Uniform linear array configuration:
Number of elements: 16
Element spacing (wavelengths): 0.75
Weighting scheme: hann
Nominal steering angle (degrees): -15
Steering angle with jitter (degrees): -14.025
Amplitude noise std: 0.05
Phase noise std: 0.05

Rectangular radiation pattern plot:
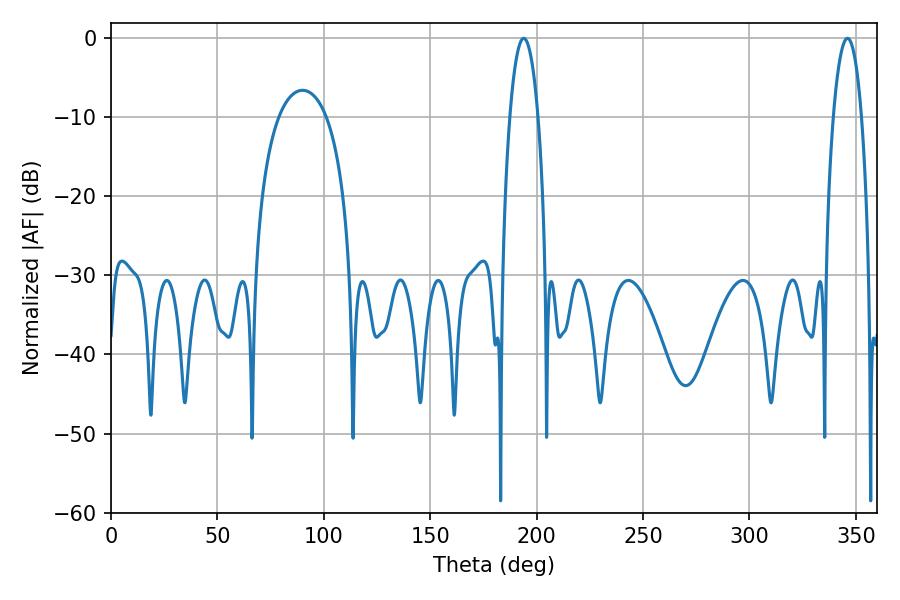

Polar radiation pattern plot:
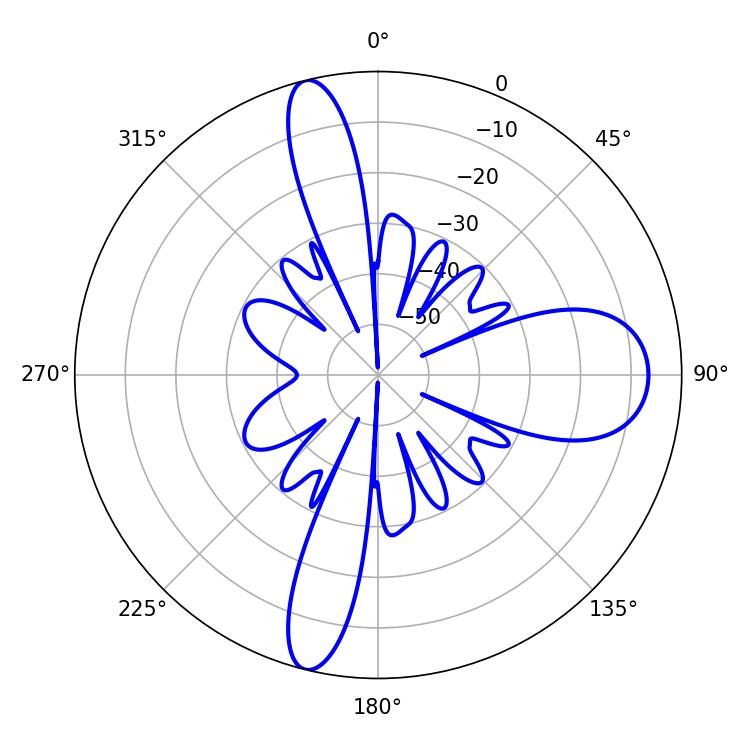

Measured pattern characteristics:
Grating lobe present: TRUE
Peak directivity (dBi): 21.391
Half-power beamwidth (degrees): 7.38
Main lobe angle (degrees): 346.14